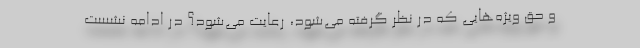
و حق ویژه‌هایی که در نظر گرفته می‌شود، رعایت می‌شود؟ در ادامه نشست